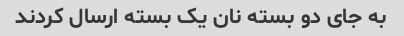
به جای دو بسته نان یک بسته ارسال کردند